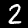
Digit: 2